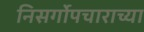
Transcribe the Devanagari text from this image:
निसर्गोपचाराच्या